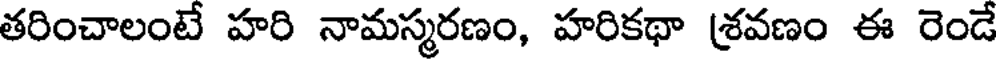
తరించాలంటే హరి నామస్మరణం, హరికథా శ్రవణం ఈ రెండే